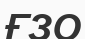
ҒЗО